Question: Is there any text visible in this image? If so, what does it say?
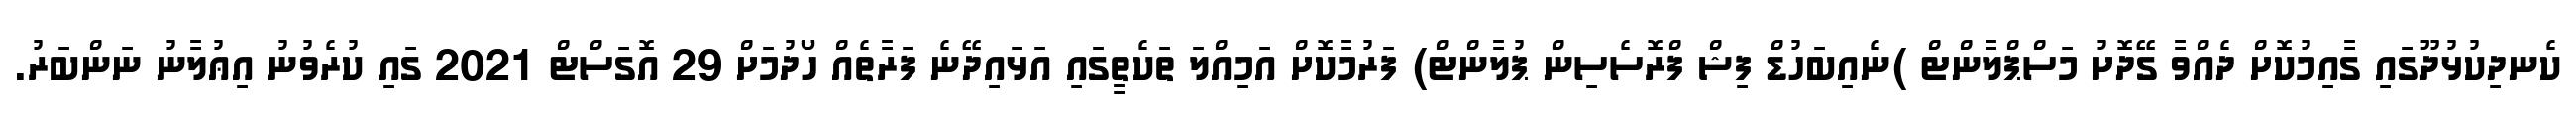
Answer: ކެނދިކުޅުދޫގައި ގާއިމުކޮށް ދެއްވާ ގޭދޮށު މަސްޕްލާންޓް )ނެއިބަހުޑް ފިޝް ފްރޮސެސިން ޕުލާންޓް) ފަރުމާކޮށް އަމިއްލަ ތަކެތީގައި އަޅައިދޭނެ ފަރާތެއް ހޯދުމަށް 29 އޮގަސްޓް 2021 ގައި ކުރެވުނު އިޢުލާނު ނަންބަރު.